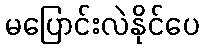
မပြောင်းလဲနိုင်ပေ